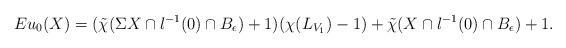
LaTeX: \begin{align*}Eu_0(X) = (\tilde{\chi}(\Sigma X \cap l^{-1}(0)\cap B_{\epsilon})+1)(\chi(L_{V_1})-1)+\tilde{\chi}(X\cap l^{-1}(0)\cap B_{\epsilon})+1. \end{align*}